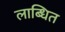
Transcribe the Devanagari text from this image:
लाब्धित